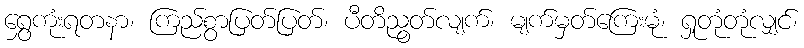
ရွှေကုံးရတနာ၊ ကြည်စွာပြတ်ပြတ်၊ ပီတိညွတ်လျက်၊ မျက်မှတ်ကြေးမုံ၊ ရှုတုံတုံလျှင်၊